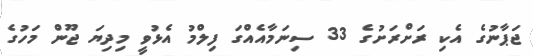
ޖަޕާނުގެ އެކި ރަށްރަށުގެ 33 ސިނަމާއެއްގަ ފިލްމު އެޅުވީ މިދިޔަ ޖޫން މަހުގެ